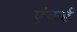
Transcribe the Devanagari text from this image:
एंकर्ड